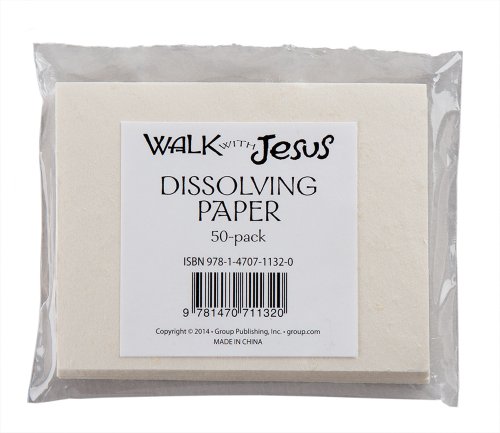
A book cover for Walk with Jesus Dissolving Paper (50-Pack); Group Publishing; Christian Books & Bibles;